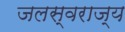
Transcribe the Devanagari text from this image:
जलस्वराज्य